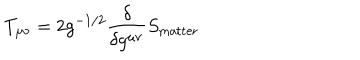
LaTeX: T _ { \mu \nu } = 2 g ^ { - 1 / 2 } \frac { \delta } { \delta g ^ { \mu \nu } } S _ { \mathrm { m a t t e r } }